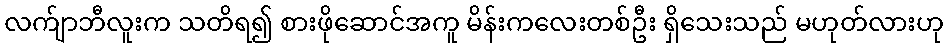
လက်ျာဘီလူးက သတိရ၍ စားဖိုဆောင်အကူ မိန်းကလေးတစ်ဦး ရှိသေးသည် မဟုတ်လားဟု